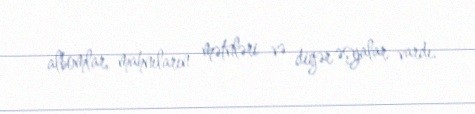
albomlar, mahnıların mətnləri və digər əşyalar vardı.